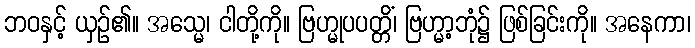
ဘဝနှင့် ယှဉ်၏။ အသ္မေ၊ ငါတို့ကို။ ဗြဟ္မုပပတ္တိံ၊ ဗြဟ္မာ့ဘုံ၌ ဖြစ်ခြင်းကို။ အနေကာ၊